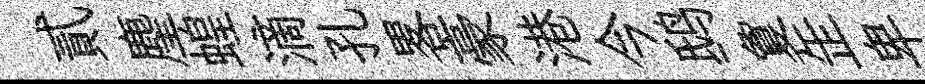
貳麈蝗滴孔畧豪港今鸱夐𦈢卑